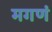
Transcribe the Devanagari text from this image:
मगणं